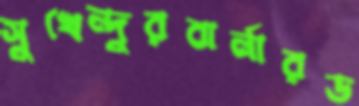
সুখেন্দুরবার্নারড